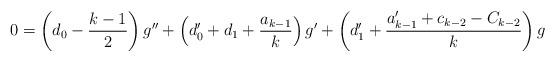
LaTeX: \begin{align*} 0 = \left(d_0 - \frac{k-1}2\right) g'' + \left(d_0'+d_1 + \frac{a_{k-1}}k \right) g' + \left(d_1' + \frac{a_{k-1}' + c_{k-2} - C_{k-2}}k \right) g \end{align*}